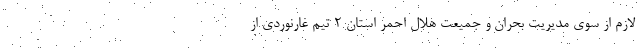
لازم از سوی مدیریت بحران و جمیعت هلال احمر استان ۲ تیم غارنوردی از